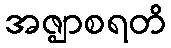
အဇ္ဈာစရတိ